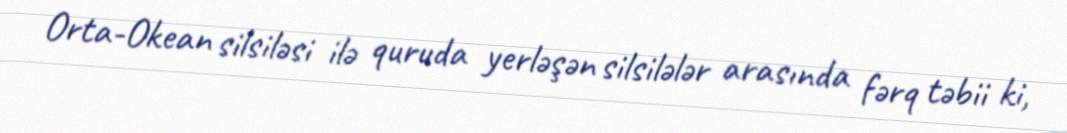
Orta-Okean silsiləsi ilə quruda yerləşən silsilələr arasında fərq təbii ki,